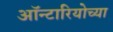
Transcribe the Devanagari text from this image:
ऑन्टारियोच्या